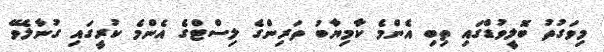
މިވަގުތު ބޮލީވުޑްގައި ތިބި އެންމެ ކާމިޔާބު ތަރިންގެ ލިސްޓްގެ އެންމެ ކުރީގައި ގުނާލެވޭ